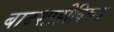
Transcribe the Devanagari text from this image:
बादशाहीविरुद्ध